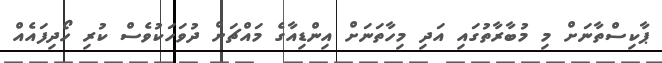
ޕާކިސްތާނަށް މި މުބާރާތުގައި އަދި މިހާތަނަށް އިންޑިއާގެ މައްޗަށް ދުވަހަކުވެސް ކުރި ހޯދިފައެއް